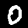
Digit: 0